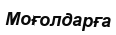
Моғолдарға